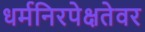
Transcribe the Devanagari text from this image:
धर्मनिरपेक्षतेवर